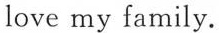
love my family.